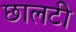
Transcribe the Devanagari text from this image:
छालटी